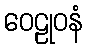
ဝေဠုဝနံ